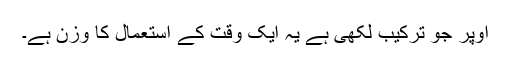
اوپر جو ترکیب لکھی ہے یہ ایک وقت کے استعمال کا وزن ہے۔